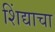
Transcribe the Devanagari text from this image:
शिंद्याचा